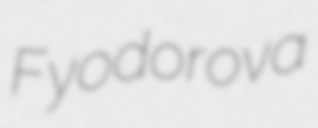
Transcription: Fyodorova